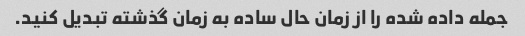
جمله داده شده را از زمان حال ساده به زمان گذشته تبدیل کنید.